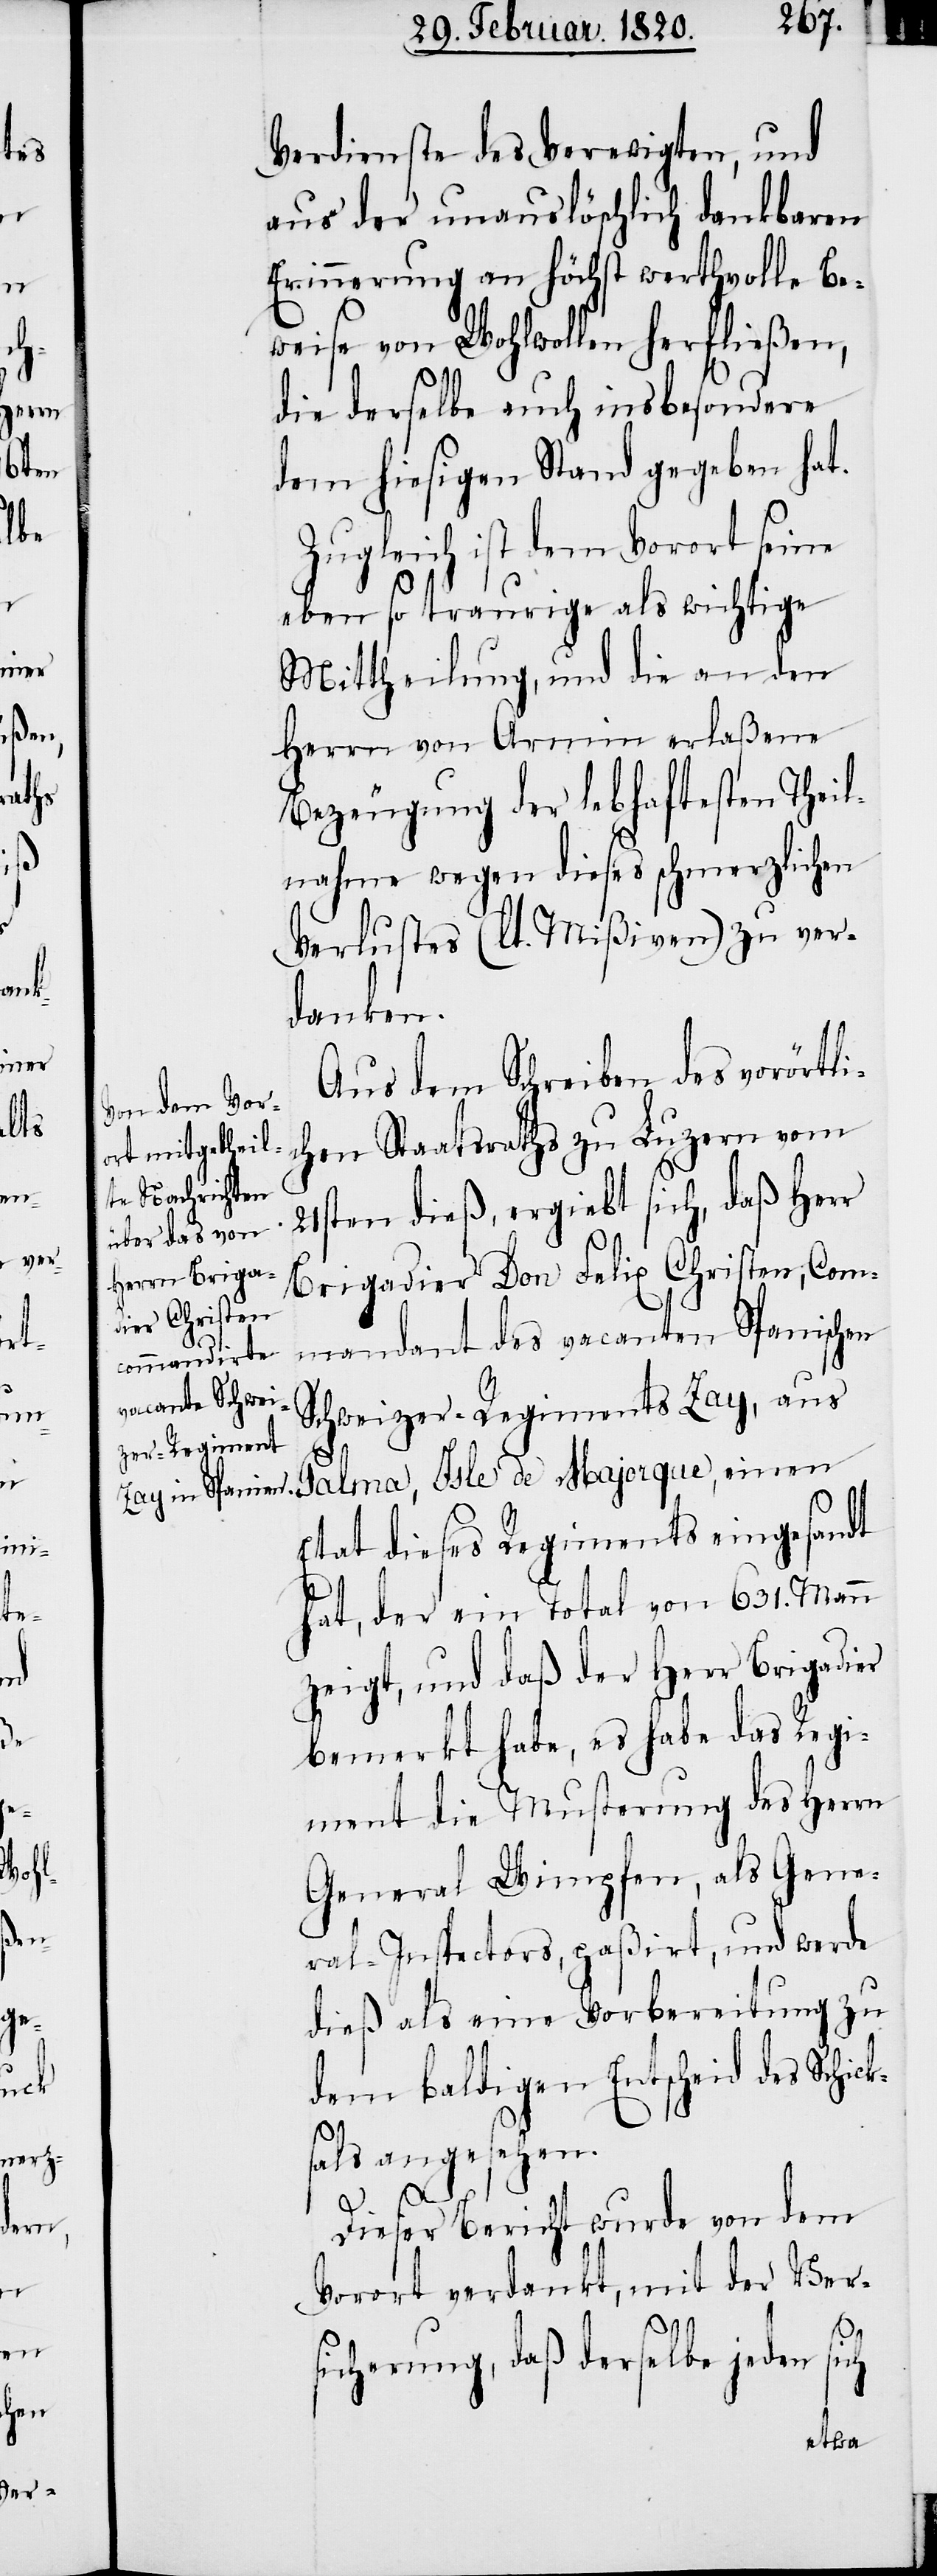
Verdienste des Verewigten, und
aus der unauslöslich dankbaren
Erinnerung an höchst wertvolle Be¬
weise von Wohlwollen herfließen,
die derselbe auch insbesondere
dem hiesigen Stand gegeben hat.
Zugleich ist dem Vorort seine
eben so traurige als wichtige
Mittheilung, und die an den
Herrn von Armin erlaßene
Bezeugung der lebhaftesten Theil¬
nahme wegen dieses schmerzlichen
Verlustes (lt. Mißiven) zu ver¬
danken.
Aus dem Schreiben des vorörtli¬
chen Staatsraths zu Luzern vom
21sten dieß, ergiebt sich, daß Herr
Brigadier Don Felix Christen, Com¬
mandant des vacanten Spanischen
Schweizer-Regiments Zay, aus
Etat dieses Regiments eingesandt
hat, der ein Total von 631. Mann
zeigt, und daß der Herr Brigadier
bemerkt habe, es habe das Regi¬
ment die Musterung des Herrn
General Wimpfen, als Gene¬
ral-Inspectors, paßirt, und werde
dieß als eine Vorbereitung zu
dem baldigen Entscheid des Schick¬
sals angesehen.
Dieser Bericht wurde von dem
Vorort verdankt, mit der Ver¬
sicherung, daß derselbe jeden sich